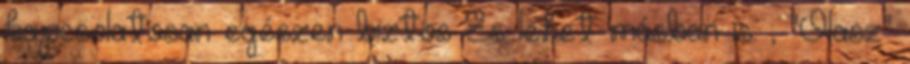
kapcsolatosan egészen biztos És lehet másban is. ; "Olasz"